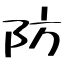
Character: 防